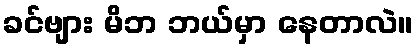
ခင်ဗျား မိဘ ဘယ်မှာ နေတာလဲ။